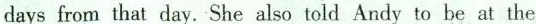
days from that day. She also told Andy to he at the